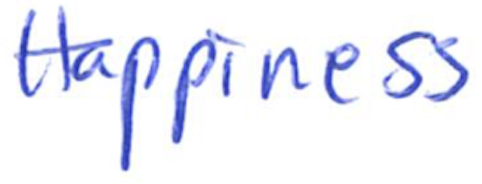
Text: Happiness
Cross-out: clean
Writing tool: ballpoint